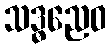
သဒ္ဓညေဝ